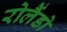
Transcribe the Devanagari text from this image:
रोलैंडो